Annual administration and progress report of the Indian Medical Department, Bombay
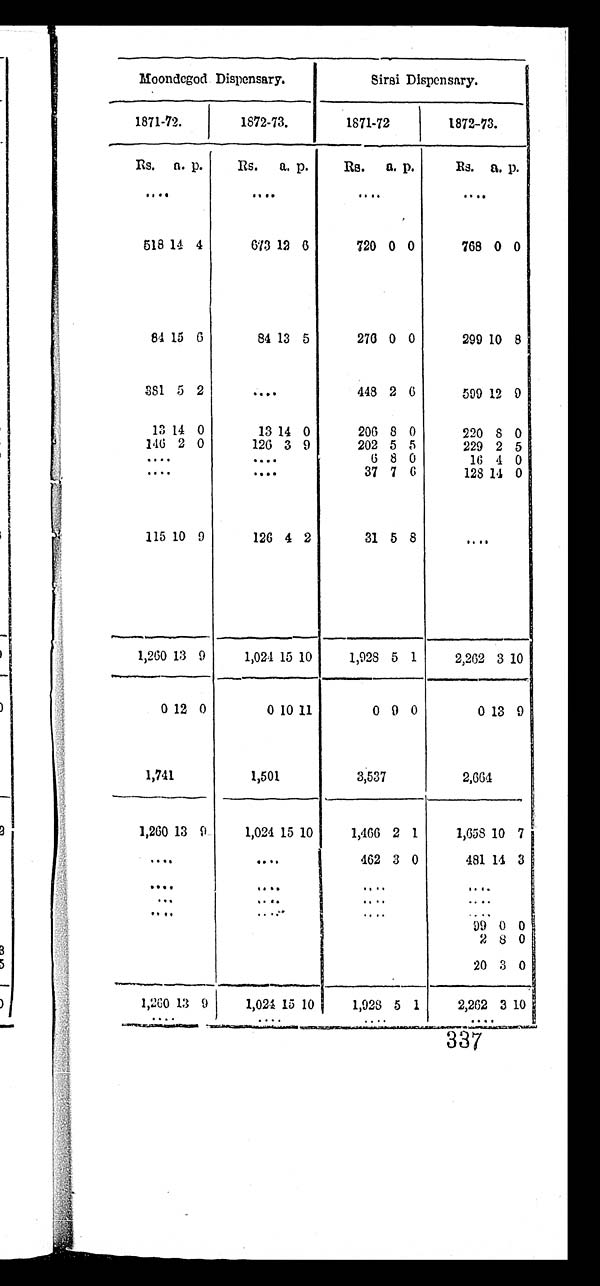
Moondegod Dispensary.
Sirsi Dispensary.
1871-72.
1572-73.
1871-72
1872-73.
Rs. a. p.
Rs. a. p.
Rs. a. p.
Rs. a. p .
. . .
. . .
. . .
. . .
518 14 4
673 12 6
720 0 0
768 0 0
8 4 15 6
84 13 5
276 0 0
299 10 8
381 5 2
. . .
448 2 6
599 12 9
13 14 0
13 14 0
206 8 0
220 8 0
146 2 0
126 3 9
202 5 5
229 2 5
. . .
. . .
6 8 0
16 4 0
. . .
. . .
37 7 0
128 14 0
115 10 9
126 4 2
31 5 8
. . .
1,260 13 9
1,024 15 10
1,928 5 1
2,262 3 10
0 12 0
0
10 11
0 9 0
0 13 9
1,741
1,501
3,537
2,664
1,260 13 9
1,024 15 10
1,466 2 1
1,658 10 7
. . .
. . .
462 3 0
481 14 3
. . .
. . .
. . .
. . .
. . .
. . .
. . .
. . .
. . .
. . .
. . .
. . .
99 0 0
2 8 0
20 3 0
1,260 13 9
1,024 15 10
1,028 5 1
2,262 3 10
337